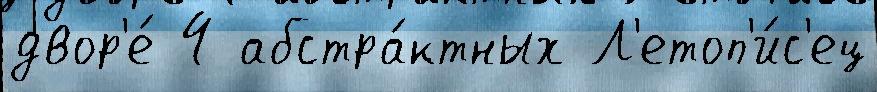
двор'е́ 4 абстра́ктных Л'етоп'и́с'ец